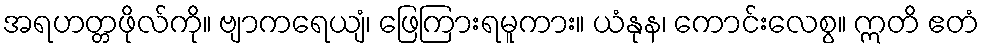
အရဟတ္တဖိုလ်ကို။ ဗျာကရေယျံ၊ ဖြေကြားရမူကား။ ယံနုန၊ ကောင်းလေစွ။ ဣတိ ဧတံ